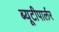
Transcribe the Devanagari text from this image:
ब्यूटीपार्लर